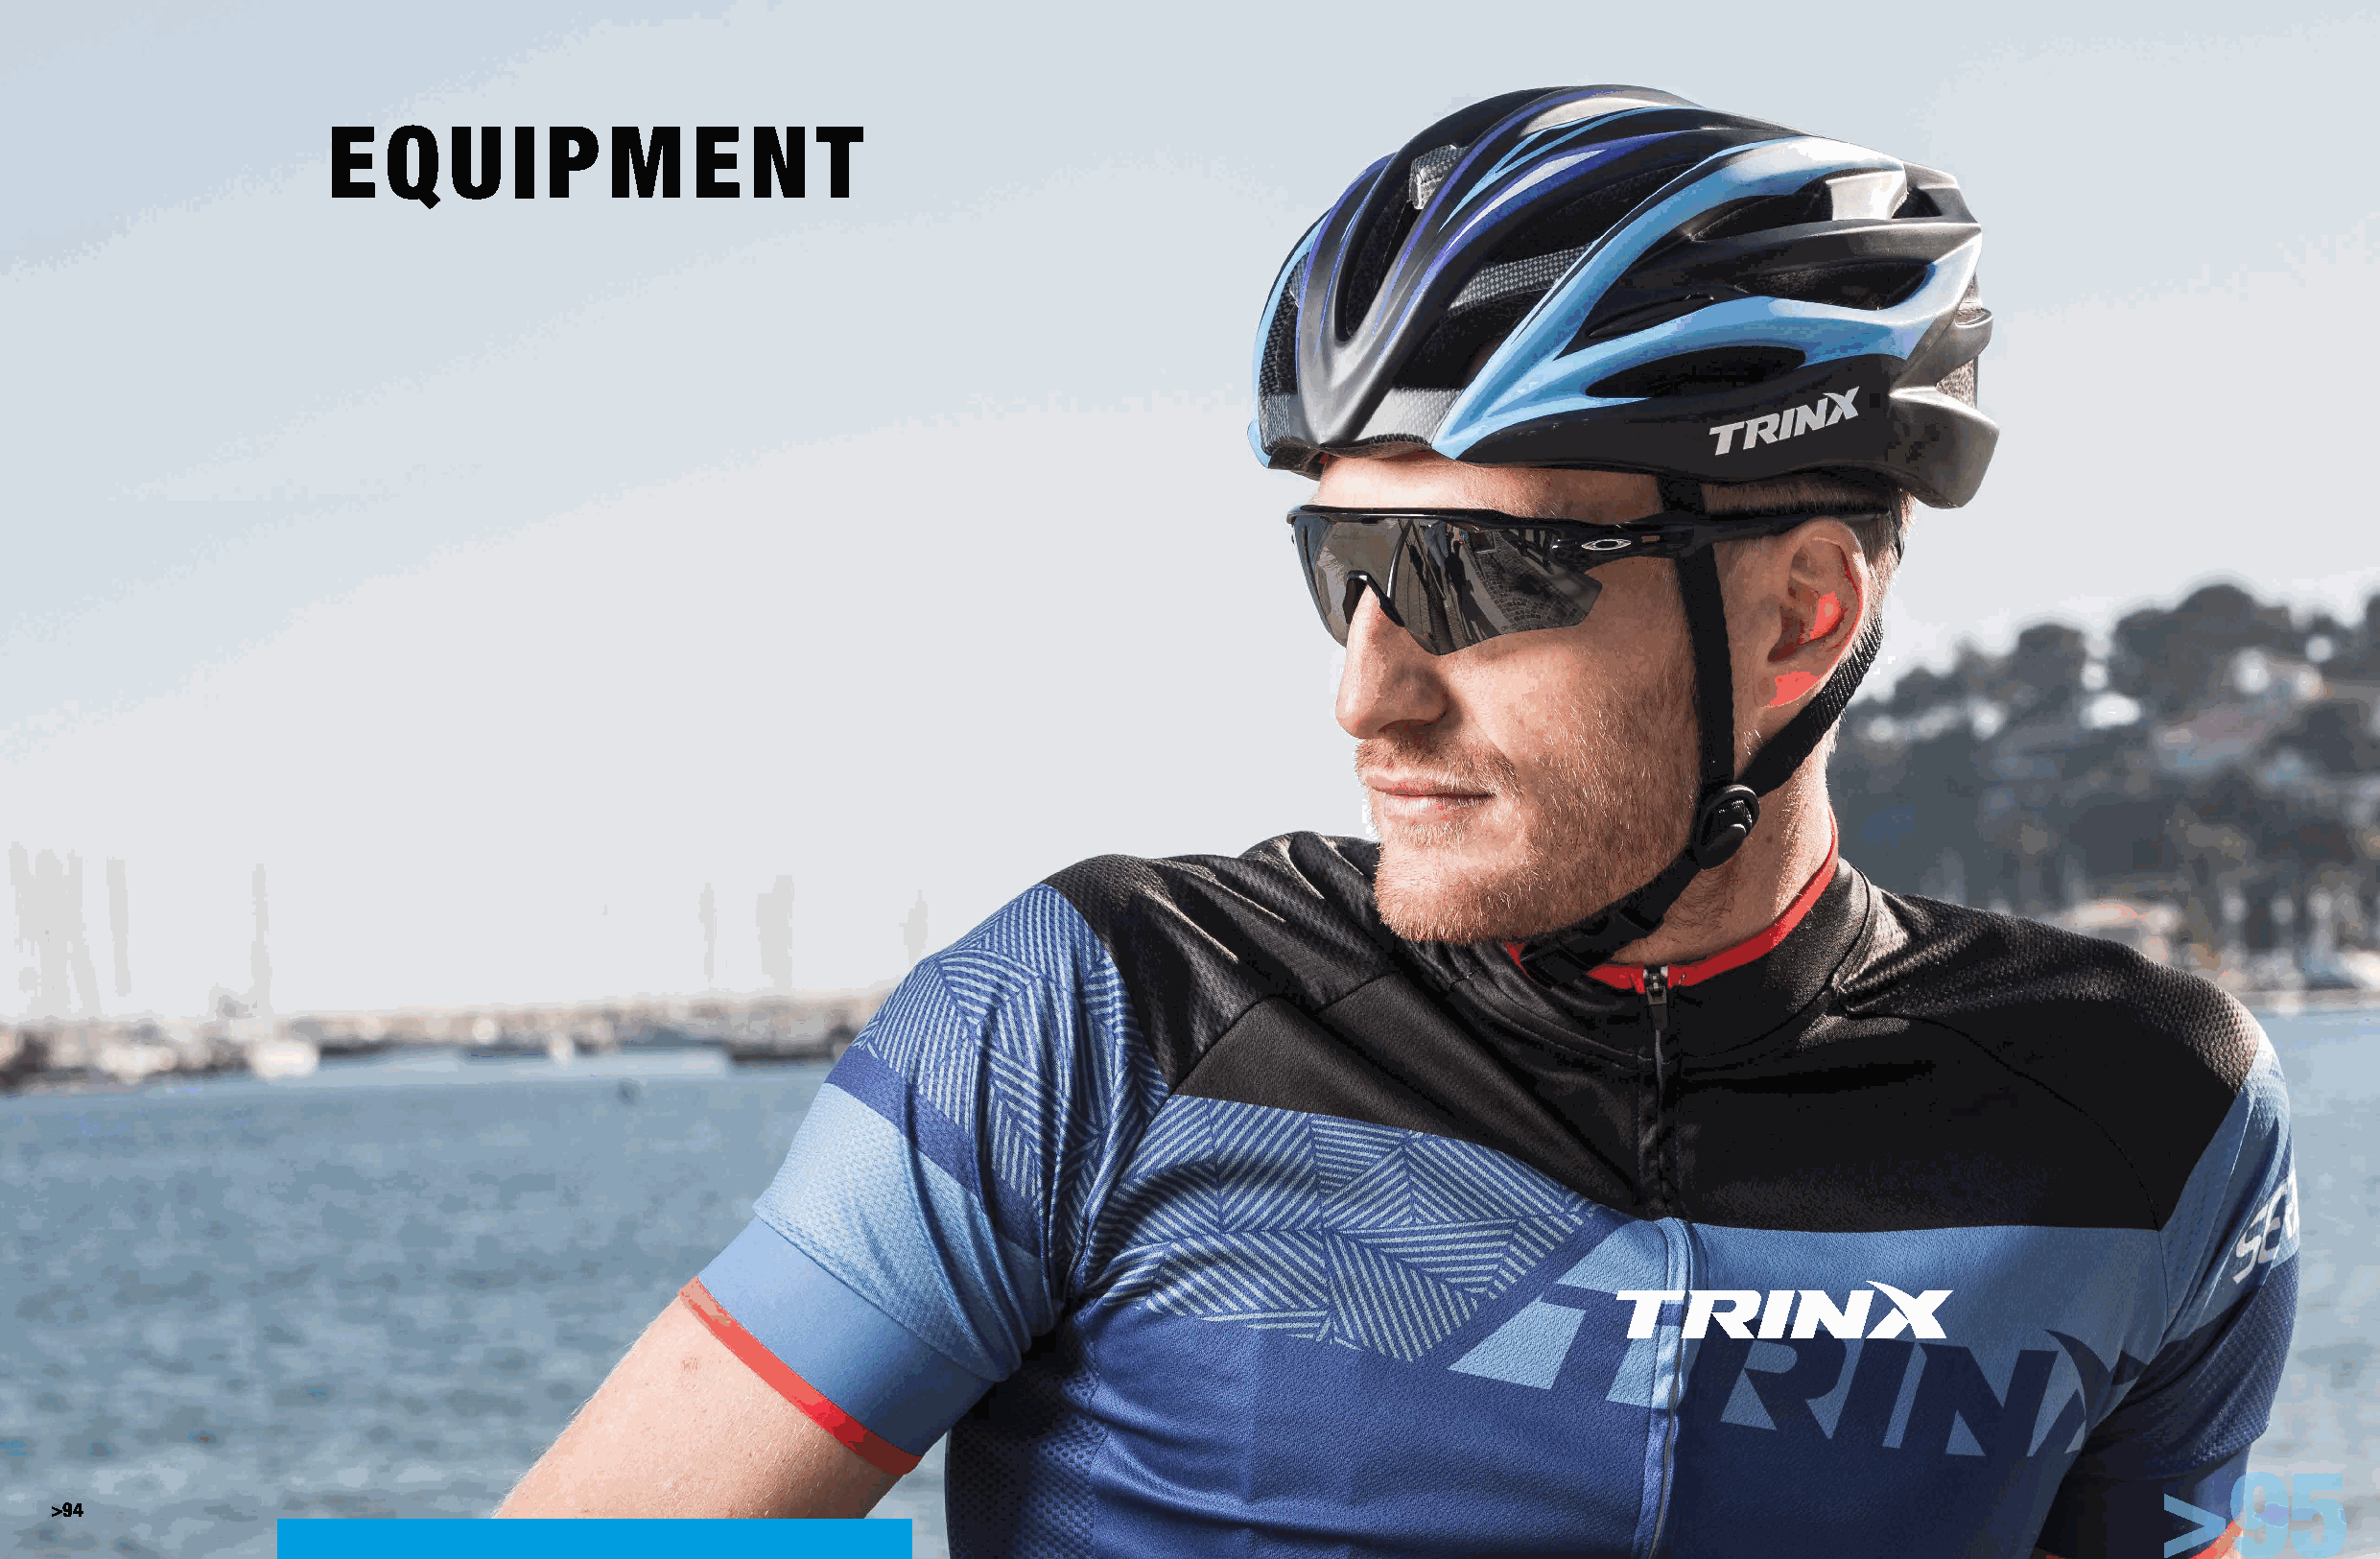
E   Q   U   I  P   M     E   N   T
 >95
 >94